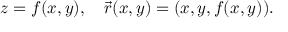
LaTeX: z = f ( x , y ) , \quad { \vec { r } } ( x , y ) = ( x , y , f ( x , y ) ) .